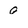
Character: 0